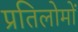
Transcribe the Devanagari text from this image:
प्रतिलोमों